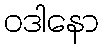
ဝဒါနော